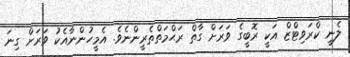
ލެނީ ކްރަވިޓްޒް އަކީ ރޮބީގެ ވަރަށް ގާތް ރަޙްމަތްތެރީންނެވެ. އެމީހުންނާއެކު ވަރަށް ގިނަ